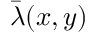
\bar { \lambda } ( x , y )